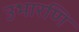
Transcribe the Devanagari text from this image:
उभारणि